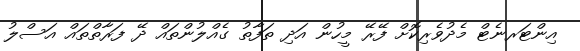
އިންޓަރނެޓް މެދުވެރިކޮށް ފޭރޭ މީހުން އަދި ތަފާތު ގެއްލުންތައް ދޭ ފަރާތްތައް އަސްލު